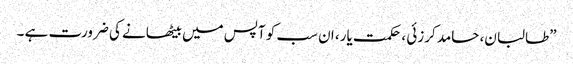
”طالبان، حامد کرزئی ، حکمت یار، ان سب کو آپس میں بیٹھانے کی ضرورت ہے ۔